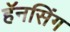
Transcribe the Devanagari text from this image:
हॅनसिंग